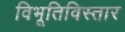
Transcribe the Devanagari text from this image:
विभूतिविस्तार